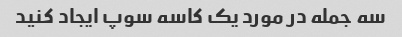
سه جمله در مورد یک کاسه سوپ ایجاد کنید